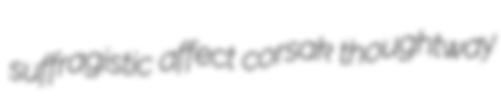
suffragistic affect corsak thoughtway